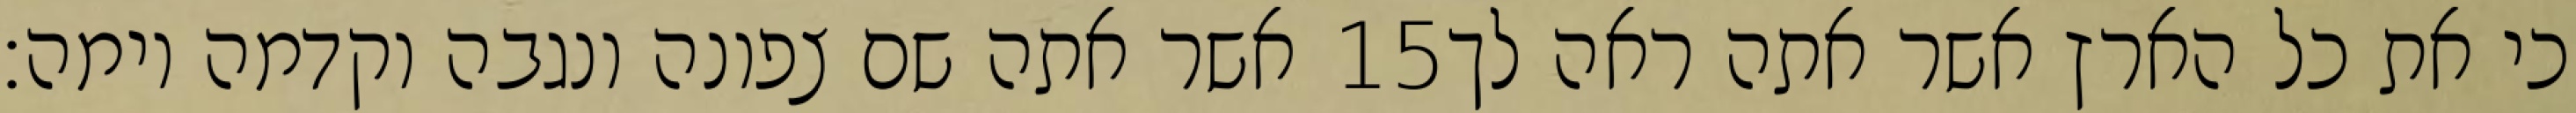
אשר אתה שם צפונה ונגבה וקדמה וימה׃ ‎15‏ כי את כל הארץ אשר אתה ראה לך